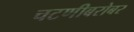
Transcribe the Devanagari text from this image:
चटणीबरोबर